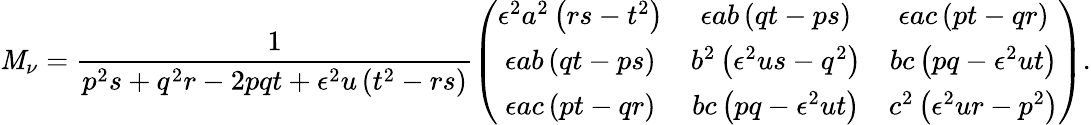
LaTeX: {\cal\mathit{M}}_{\nu}=\frac{{1}}{{p^{2}s+q^{2}r-2pqt+\epsilon^{2}u\left(t^{2}-rs\right)}}\left(\begin{array}{ccc}{{\epsilon^{2}a^{2}\left(rs-t^{2}\right)}}&{{\epsilon ab\left(qt-ps\right)}}&{{\epsilon ac\left(pt-qr\right)}}\\ {{\epsilon ab\left(qt-ps\right)}}&{{b^{2}\left(\epsilon^{2}us-q^{2}\right)}}&{{bc\left(pq-\epsilon^{2}ut\right)}}\\ {{\epsilon ac\left(pt-qr\right)}}&{{bc\left(pq-\epsilon^{2}ut\right)}}&{{c^{2}\left(\epsilon^{2}ur-p^{2}\right)}}\end{array}\right).